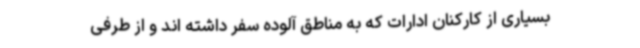
بسیاری از کارکنان ادارات که به مناطق آلوده سفر داشته اند و از طرفی